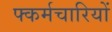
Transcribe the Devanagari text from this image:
फ्कर्मचारियों